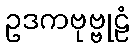
ဥဒကဗုဗ္ဗုဠံ